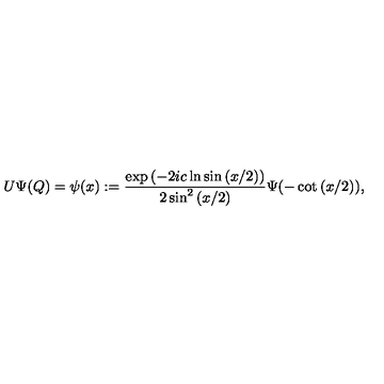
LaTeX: U \Psi ( Q ) = \psi ( x ) : = \frac { \exp { ( - 2 i c \ln \sin { ( x / 2 ) } ) } } { 2 \sin ^ { 2 } { ( x / 2 ) } } \Psi ( - \cot { ( x / 2 ) } ) ,